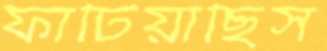
ফাটিয়াছিস